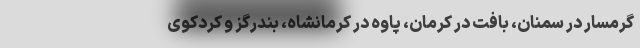
گرمسار در سمنان، بافت در کرمان، پاوه در کرمانشاه، بندرگز و کردکوی